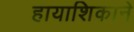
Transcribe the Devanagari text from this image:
हायाशिकाने